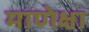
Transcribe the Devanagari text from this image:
माणेक्षा